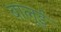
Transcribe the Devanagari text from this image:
बालूई